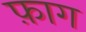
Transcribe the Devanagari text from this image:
फ़ाग